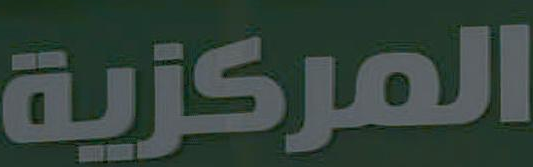
المركزية